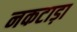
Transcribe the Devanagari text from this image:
नकटाड़ा